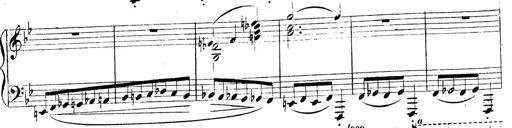
Title: 3 Caprices-Valses
Composer: Franz Liszt